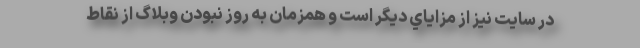
در سايت نيز از مزاياي ديگر است و همزمان به روز نبودن وبلاگ از نقاط